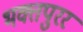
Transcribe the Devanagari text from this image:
भक्तपुरर